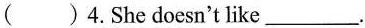
( )4.She doesn't like___.